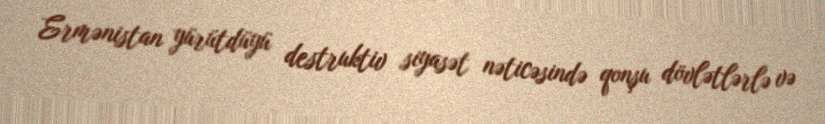
Ermənistan yürütdüyü destruktiv siyasət nəticəsində qonşu dövlətlərlə və